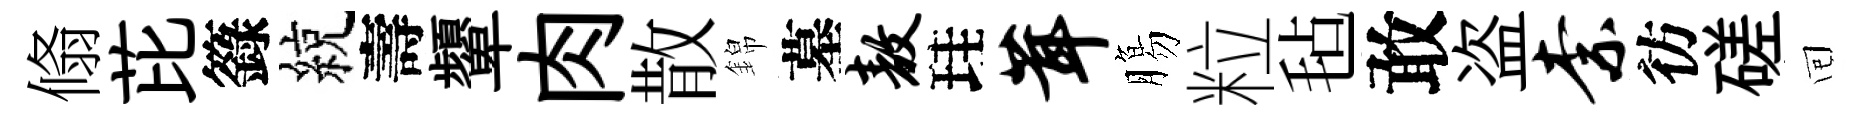
翛芘籙綂壽顰肉散錦墓敖珪茸膓粒毡敢盗柰彷磋囘